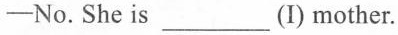
-No.She is ___ (I) mother.